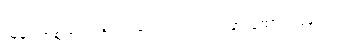
သူ့နားတစ်ဘက်ကို ရင်ဘတ်တွင်ကပ်၍ နားထောင် ပြန်သည်။